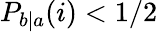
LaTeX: P_{b|a}(i)<1/2